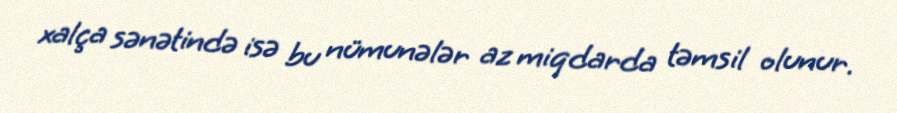
xalça sənətində isə bu nümunələr az miqdarda təmsil olunur.